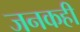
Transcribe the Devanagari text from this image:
जनकही